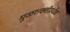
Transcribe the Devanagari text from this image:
मूळशक्तीवर्धक